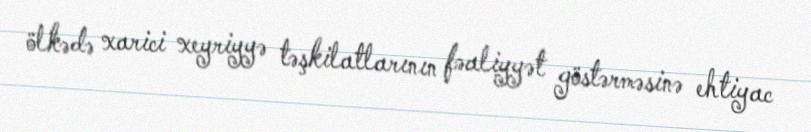
ölkədə xarici xeyriyyə təşkilatlarının fəaliyyət göstərməsinə ehtiyac